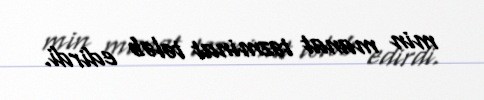
min manat təzminat tələb edirdi.